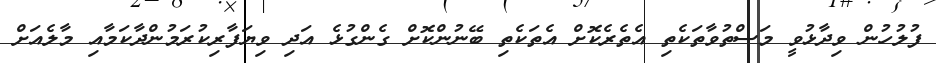
ފުލުހުން ވިދާޅުވީ މަސްތުވާތަކެތި އެތެރެކޮށް އެތަކެތި ބޭނުންކޮށް ގެންގުޅެ އަދި ވިޔަފާރިކުރަމުންދާކަމާއި މާލެއަށް